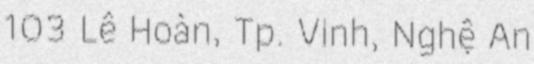
103 Lê Hoàn, Tp. Vinh, Nghệ An